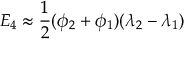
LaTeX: E _ { 4 } \approx { \frac { 1 } { 2 } } ( \phi _ { 2 } + \phi _ { 1 } ) ( \lambda _ { 2 } - \lambda _ { 1 } )